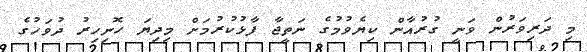
މި ދަރިވަރުން ވަނީ ގުރުއާން ކިޔެވުމުގެ ނަތީޖާ ފާޅުކުރުމަށް މިދިޔަ ހޮނިހިރު ދުވަހުގެ